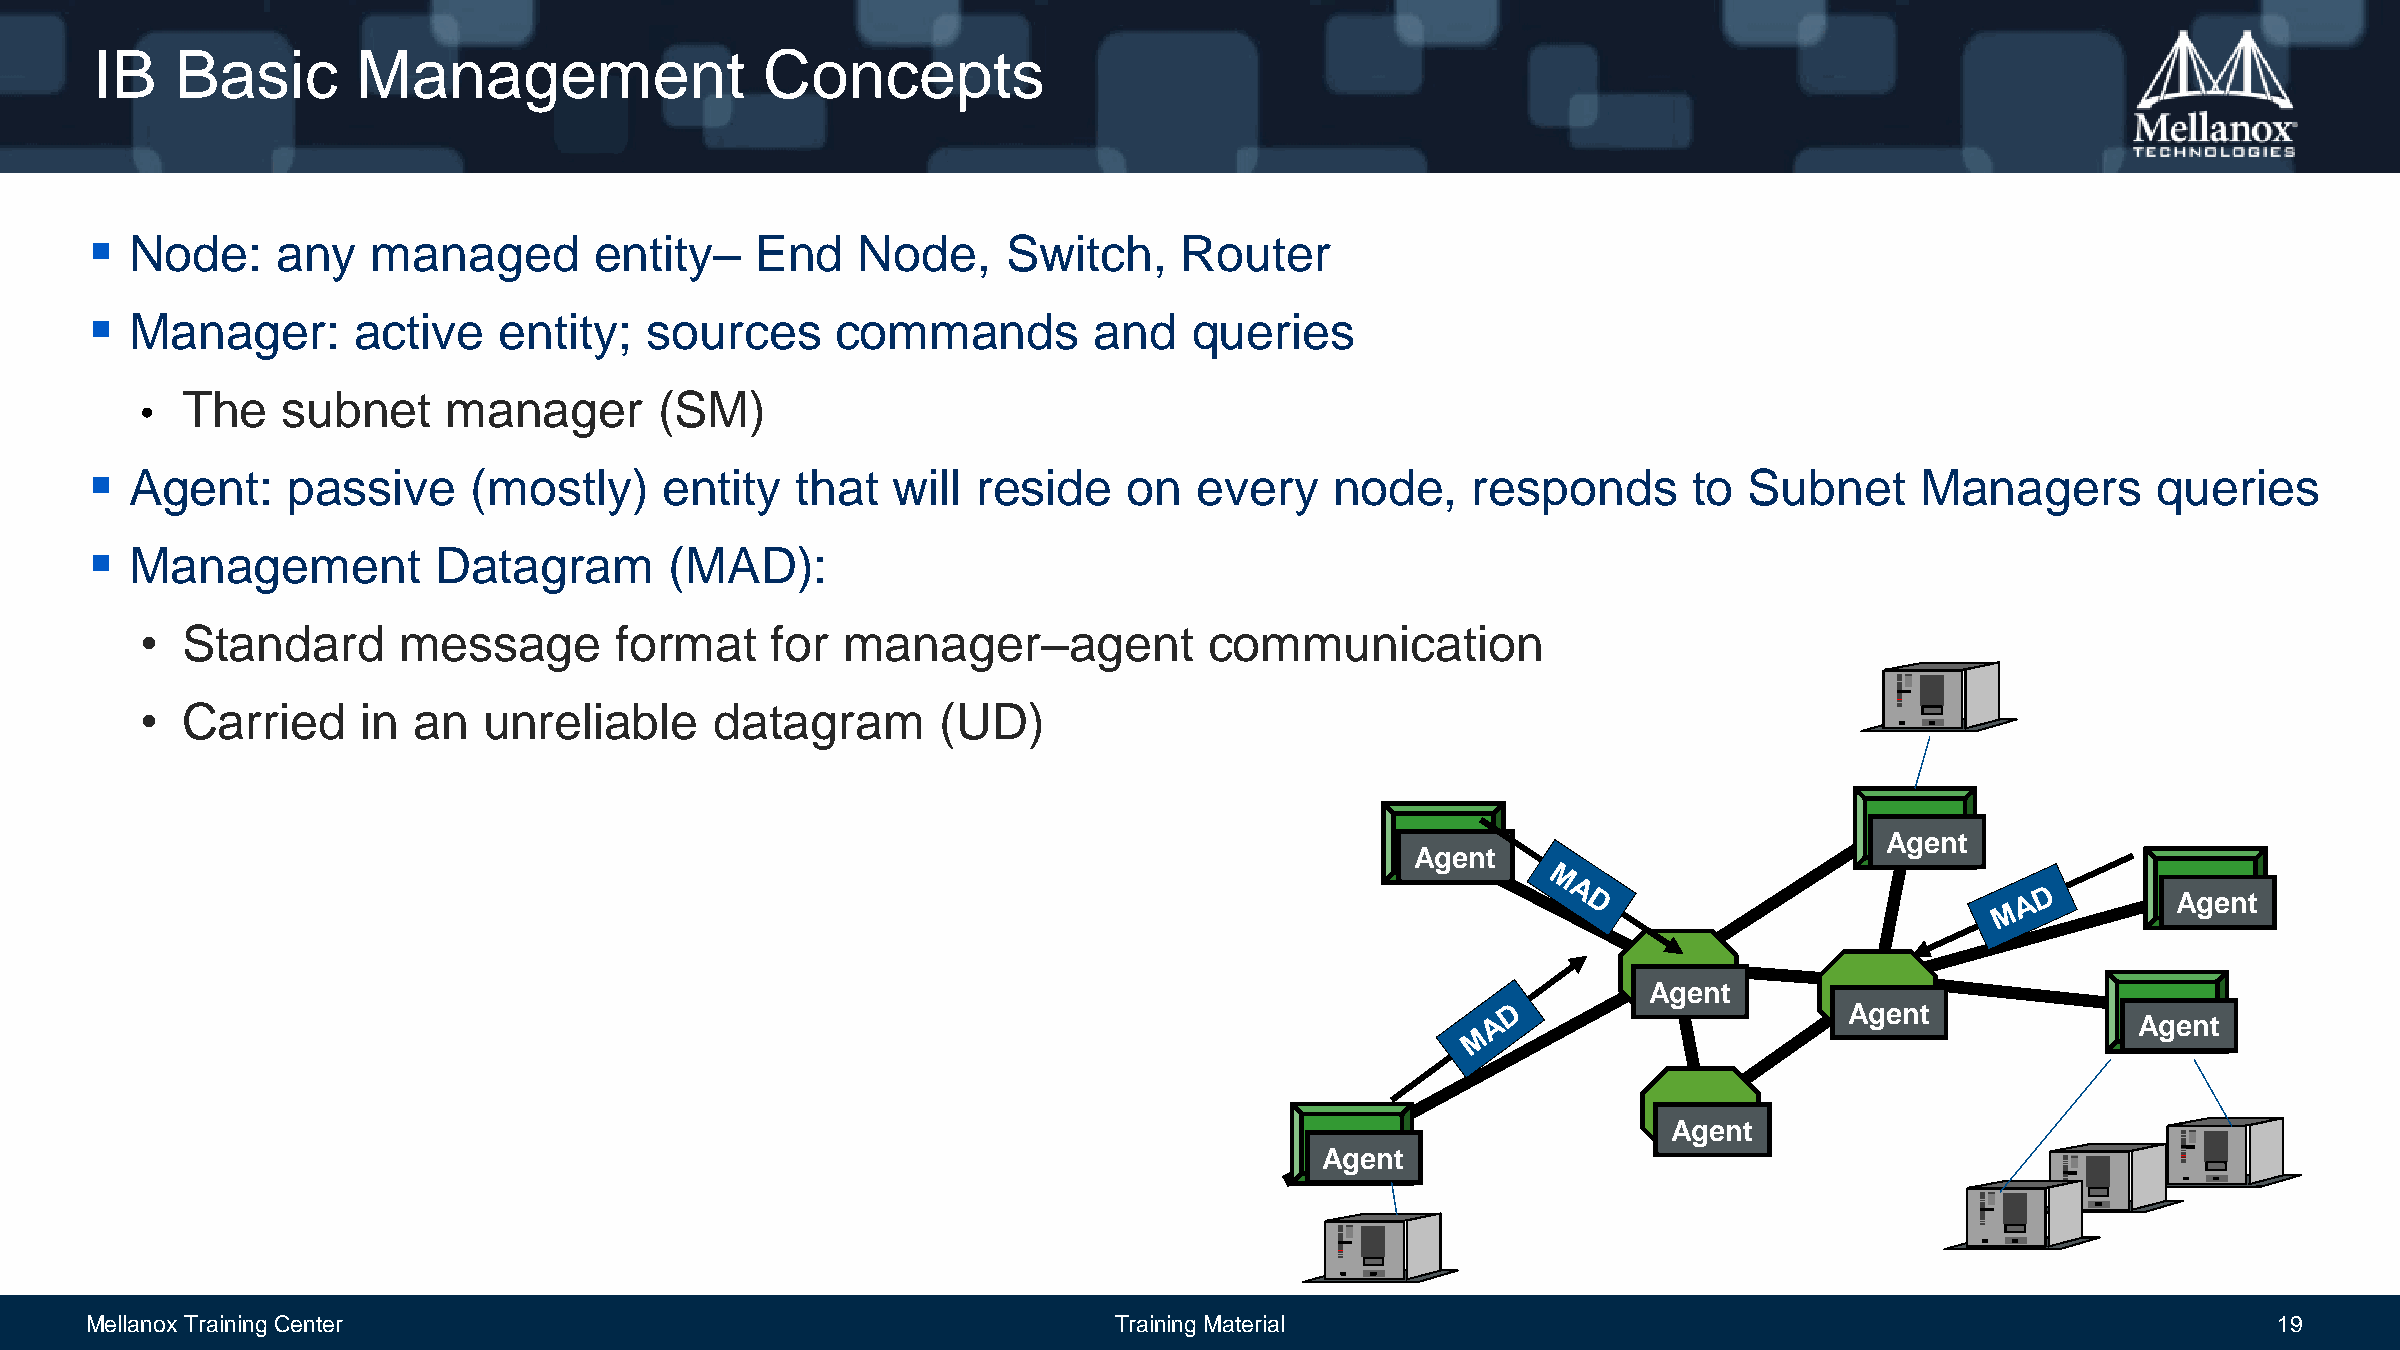
IB    Basic       Management                 Concepts
   Node:    any    managed       entity–    End    Node,     Switch,    Router
   Manager:      active    entity;   sources     commands         and    queries
 The    subnet     manager       (SM)
 •
   Agent:    passive     (mostly)     entity   that  will  reside    on  every    node,    responds       to  Subnet     Managers        queries
   Management          Datagram       (MAD):
 •  Standard      message        format    for  manager–agent           communication
 •  Carried     in an   unreliable     datagram       (UD)
 Agent
 Agent
 Agent
 Agent
 Agent
 Agent
 Agent
 Agent
 Mellanox Training Center                                            Training Material                                                            19